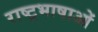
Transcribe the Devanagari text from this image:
राष्ट्रभाषाओं